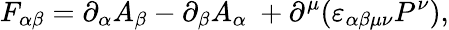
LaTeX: F_{\alpha\beta}=\partial_{\alpha}A_{\beta}-\partial_{\beta}A_{\alpha}\ +\partial^{\mu}(\varepsilon_{\alpha\beta\mu\nu}P^{\nu}),